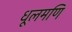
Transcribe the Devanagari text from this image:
धूलमणि